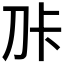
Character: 𭃑